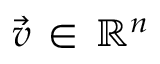
\vec { v } \, \in \, \mathbb { R } ^ { n }